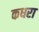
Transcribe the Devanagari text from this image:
कधरा